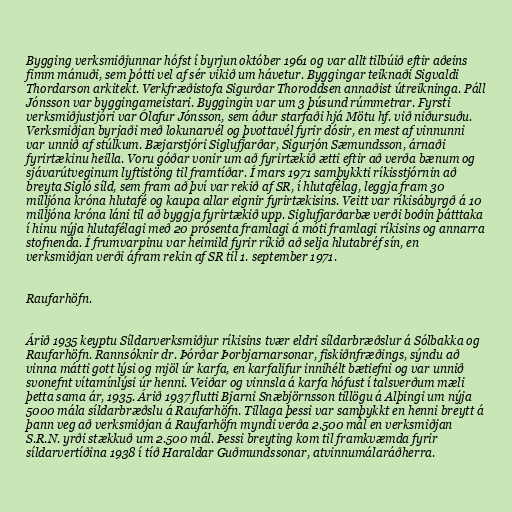
Bygging verksmiðjunnar hófst í byrjun október 1961 og var allt tilbúið eftir aðeins
fimm mánuði, sem þótti vel af sér vikið um hávetur. Byggingar teiknaði Sigvaldi
Thordarson arkitekt. Verkfræðistofa Sigurðar Thoroddsen annaðist útreikninga. Páll
Jónsson var byggingameistari. Byggingin var um 3 þúsund rúmmetrar. Fyrsti
verksmiðjustjóri var Ólafur Jónsson, sem áður starfaði hjá Mötu hf. við niðursuðu.
Verksmiðjan byrjaði með lokunarvél og þvottavél fyrir dósir, en mest af vinnunni
var unnið af stúlkum. Bæjarstjóri Siglufjarðar, Sigurjón Sæmundsson, árnaði
fyrirtækinu heilla. Voru góðar vonir um að fyrirtækið ætti eftir að verða bænum og
sjávarútveginum lyftistöng til framtíðar. Í mars 1971 samþykkti ríkisstjórnin að
breyta Sigló síld, sem fram að því var rekið af SR, í hlutafélag, leggja fram 30
milljóna króna hlutafé og kaupa allar eignir fyrirtækisins. Veitt var ríkisábyrgð á 10
milljóna króna láni til að byggja fyrirtækið upp. Siglufjarðarbæ verði boðin þátttaka
í hinu nýja hlutafélagi með 20 prósenta framlagi á móti framlagi ríkisins og annarra
stofnenda. Í frumvarpinu var heimild fyrir ríkið að selja hlutabréf sín, en
verksmiðjan verði áfram rekin af SR til 1. september 1971.

Raufarhöfn.

Árið 1935 keyptu Síldarverksmiðjur ríkisins tvær eldri síldarbræðslur á Sólbakka og
Raufarhöfn. Rannsóknir dr. Þórðar Þorbjarnarsonar, fiskiðnfræðings, sýndu að
vinna mátti gott lýsi og mjöl úr karfa, en karfalifur innihélt bætiefni og var unnið
svonefnt vítamínlýsi úr henni. Veiðar og vinnsla á karfa hófust í talsverðum mæli
þetta sama ár, 1935. Árið 1937 flutti Bjarni Snæbjörnsson tillögu á Alþingi um nýja
5000 mála síldarbræðslu á Raufarhöfn. Tillaga þessi var samþykkt en henni breytt á
þann veg að verksmiðjan á Raufarhöfn myndi verða 2.500 mál en verksmiðjan
S.R.N. yrði stækkuð um 2.500 mál. Þessi breyting kom til framkvæmda fyrir
síldarvertíðina 1938 í tíð Haraldar Guðmundssonar, atvinnumálaráðherra.